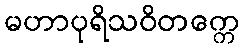
မဟာပုရိသဝိတက္ကေ